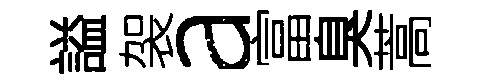
謚袈a富臭蒿